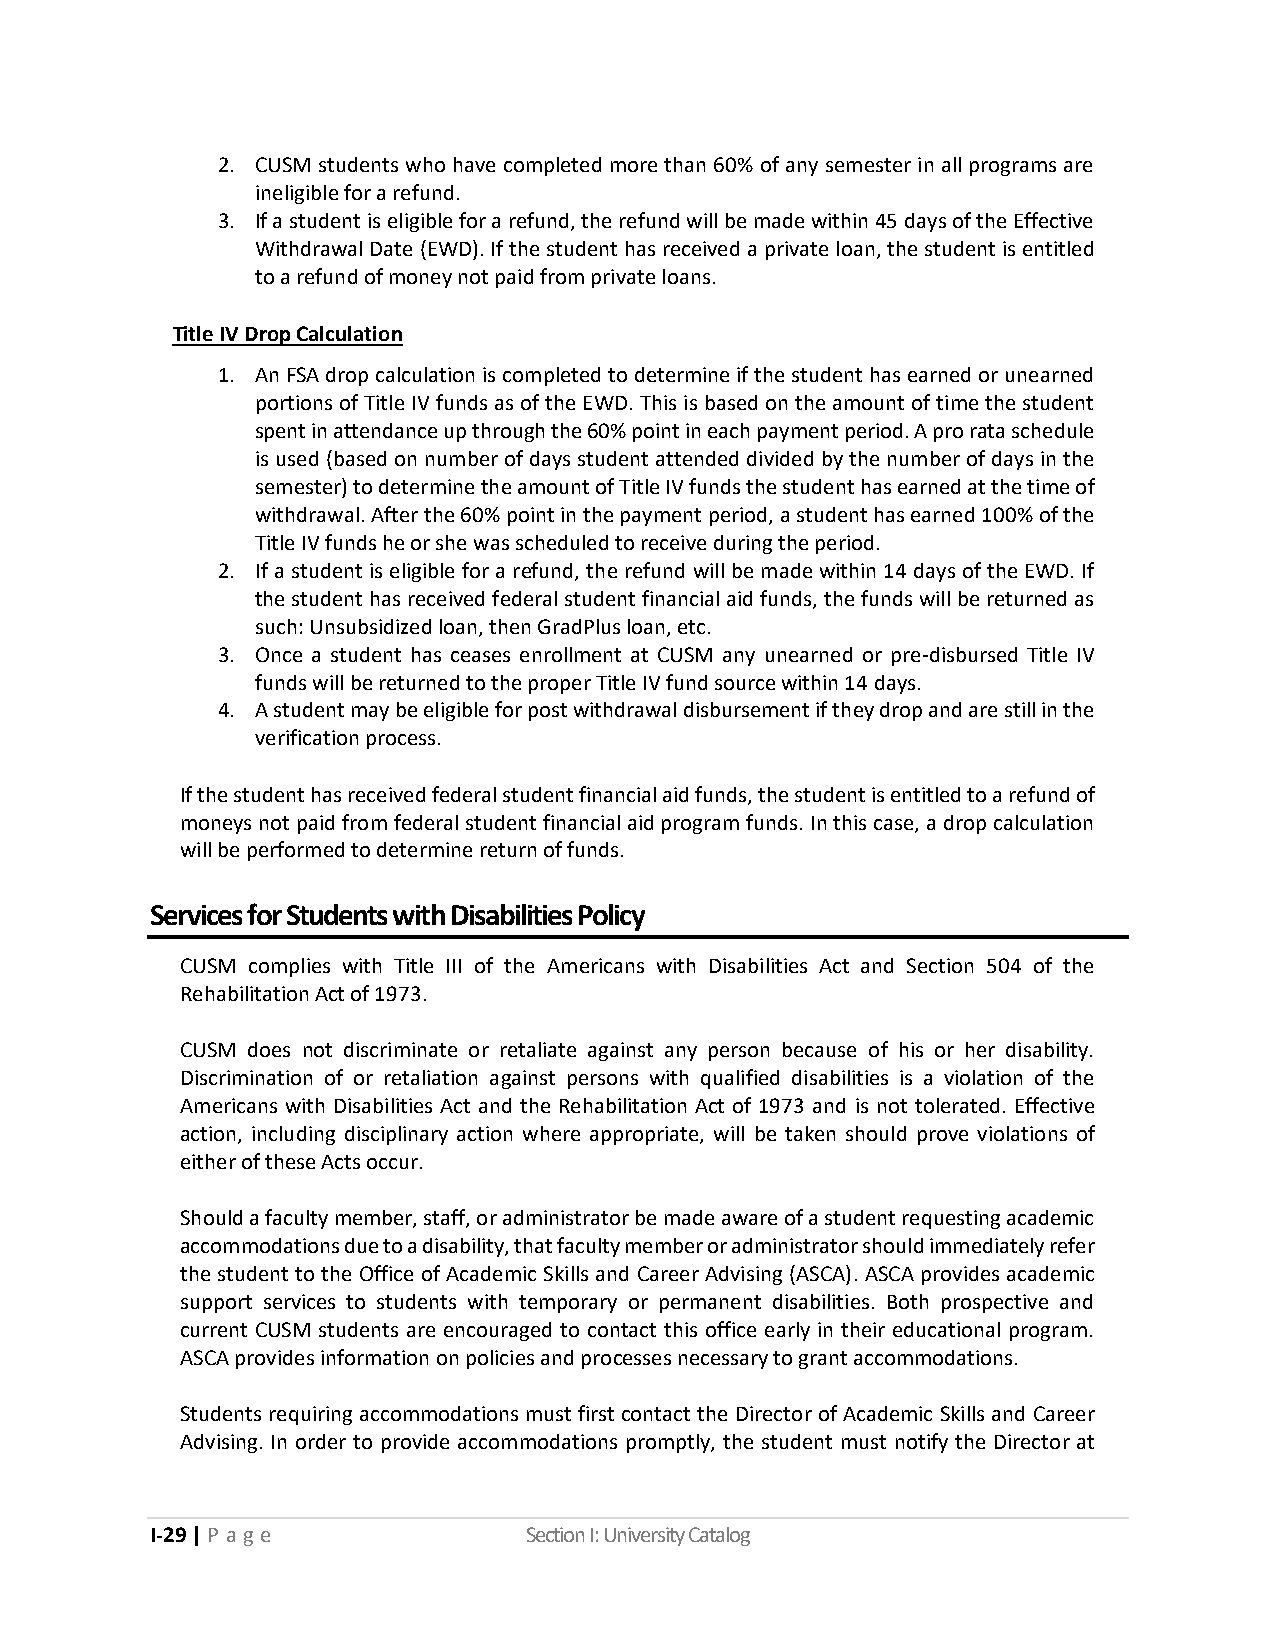
2. CUSM students who have completed more than 60% of any semester in all programs are
 ineligible for a refund.
 3. If a student is eligible for a refund, the refund will be made within 45 days of the Effective
 Withdrawal Date (EWD). If the student has received a private loan, the student is entitled
 to a refund of money not paid from private loans.
 Title IV Drop Calculation
 1. An FSA drop calculation is completed to determine if the student has earned or unearned
 portions of Title IV funds as of the EWD. This is based on the amount of time the student
 spent in attendance up through the 60% point in each payment period. A pro rata schedule
 is used (based on number of days student attended divided by the number of days in the
 semester) to determine the amount of Title IV funds the student has earned at the time of
 withdrawal. After the 60% point in the payment period, a student has earned 100% of the
 Title IV funds he or she was scheduled to receive during the period.
 2. If a student is eligible for a refund, the refund will be made within 14 days of the EWD. If
 the student has received federal student financial aid funds, the funds will be returned as
 such: Unsubsidized loan, then GradPlus loan, etc.
 3. Once a student has ceases enrollment at CUSM any unearned or pre-disbursed Title IV
 funds will be returned to the proper Title IV fund source within 14 days.
 4. A student may be eligible for post withdrawal disbursement if they drop and are still in the
 verification process.
 If the student has received federal student financial aid funds, the student is entitled to a refund of
 moneys not paid from federal student financial aid program funds. In this case, a drop calculation
 will be performed to determine return of funds.
 Services for Students with Disabilities Policy
 CUSM complies with Title III of the Americans with Disabilities Act and Section 504 of the
 Rehabilitation Act of 1973.
 CUSM does not discriminate or retaliate against any person because of his or her disability.
 Discrimination of or retaliation against persons with qualified disabilities is a violation of the
 Americans with Disabilities Act and the Rehabilitation Act of 1973 and is not tolerated. Effective
 action, including disciplinary action where appropriate, will be taken should prove violations of
 either of these Acts occur.
 Should a faculty member, staff, or administrator be made aware of a student requesting academic
 accommodations due to a disability, that faculty member or administrator should immediately refer
 the student to the Office of Academic Skills and Career Advising (ASCA). ASCA provides academic
 support services to students with temporary or permanent disabilities. Both prospective and
 current CUSM students are encouraged to contact this office early in their educational program.
 ASCA provides information on policies and processes necessary to grant accommodations.
 Students requiring accommodations must first contact the Director of Academic Skills and Career
 Advising. In order to provide accommodations promptly, the student must notify the Director at
 I-29 | P a ge            Section I: University Catalog